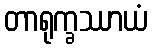
တာရုက္ခဿာယံ